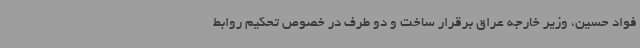
فواد حسین، وزیر خارجه عراق برقرار ساخت و دو طرف در خصوص تحکیم روابط